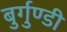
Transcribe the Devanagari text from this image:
बुर्गुण्डी